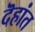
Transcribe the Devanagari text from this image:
दॆहांत